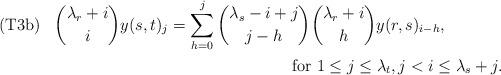
LaTeX: \begin{align*} {\rm (T3b)}\hskip 10pt {\lambda_r+i\choose i}&y(s,t)_j= \sum_{h=0}^j {\lambda_s-i+j\choose j-h}{\lambda_r+i\choose h}y(r,s)_{i-h},\cr& \phantom{} \hskip 120pt \hbox{ for } 1\leq j\leq \lambda_t, j<i\leq \lambda_s+j.\end{align*}